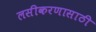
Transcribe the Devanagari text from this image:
लसीकरणासाठी